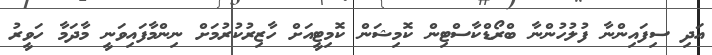
އަދި ސިފައިންނާ ފުލުހުންނާ ބްރޯޑްކާސްޓިން ކޮމިޝަން ކޮމިޓީއަށް ހާޒިރުކުރުމަށް ނިންމާފައިވަނީ މާދަމާ ހަވީރު